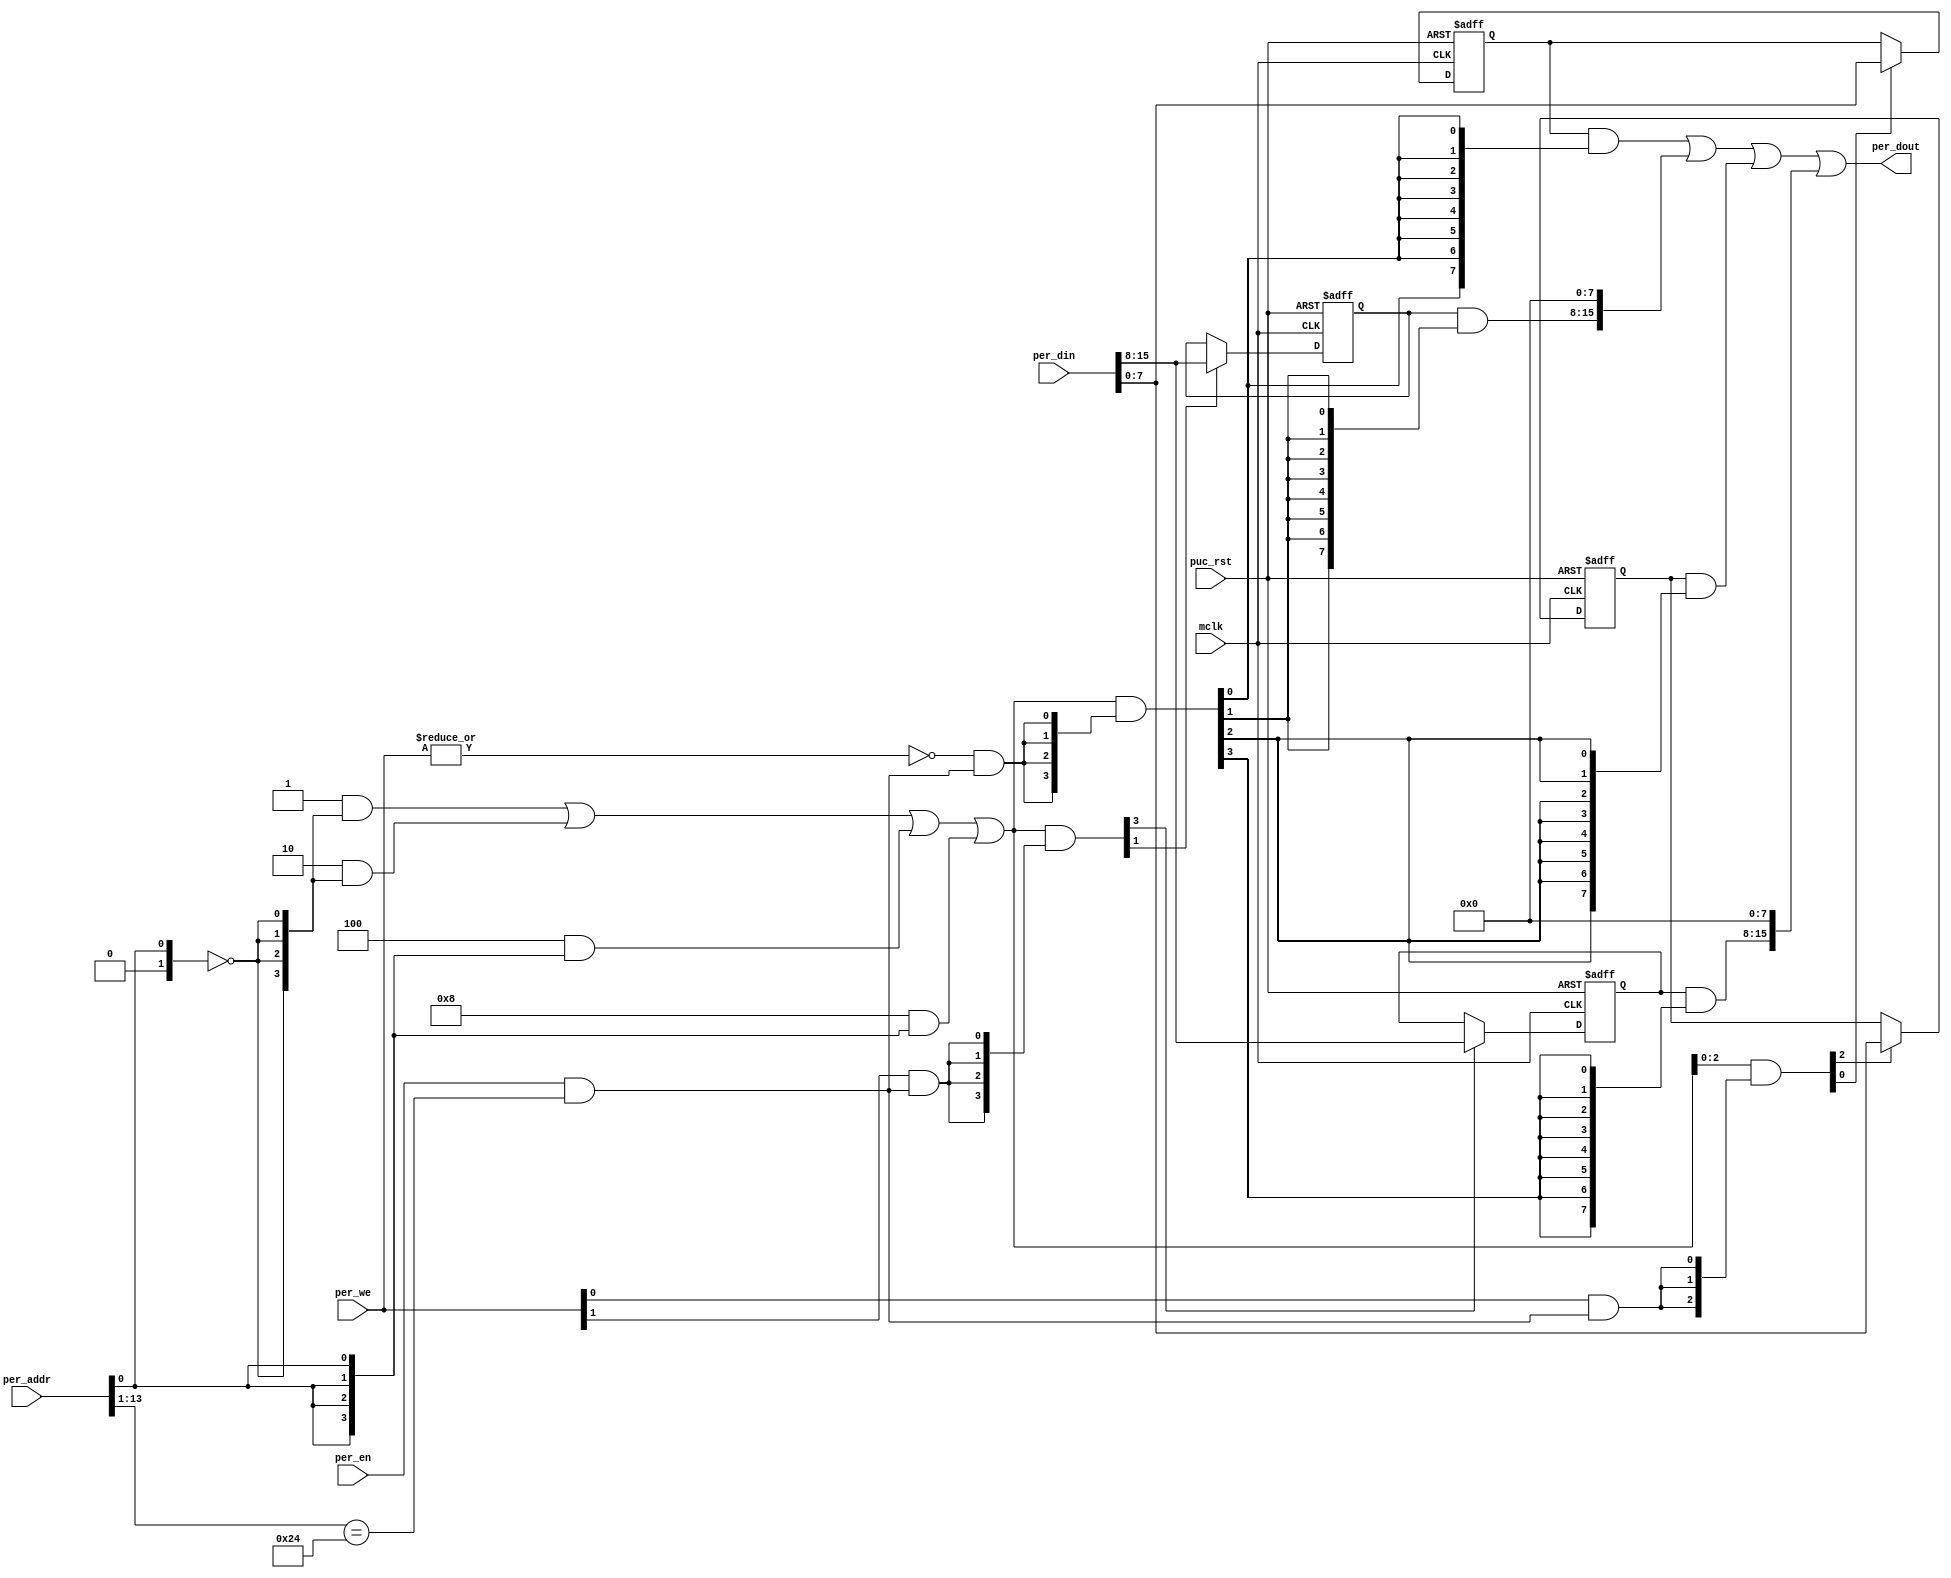
module  template_periph_8b (
    per_dout,                       
    mclk,                           
    per_addr,                       
    per_din,                        
    per_en,                         
    per_we,                         
    puc_rst                         
);
output      [15:0] per_dout;        
input              mclk;            
input       [13:0] per_addr;        
input       [15:0] per_din;         
input              per_en;          
input        [1:0] per_we;          
input              puc_rst;         
parameter       [14:0] BASE_ADDR   = 15'h0090;
parameter              DEC_WD      =  2;
parameter [DEC_WD-1:0] CNTRL1      =  'h0,
                       CNTRL2      =  'h1,
                       CNTRL3      =  'h2,
                       CNTRL4      =  'h3;
parameter              DEC_SZ      =  (1 << DEC_WD);
parameter [DEC_SZ-1:0] BASE_REG    =  {{DEC_SZ-1{1'b0}}, 1'b1};
parameter [DEC_SZ-1:0] CNTRL1_D  = (BASE_REG << CNTRL1),
                       CNTRL2_D  = (BASE_REG << CNTRL2), 
                       CNTRL3_D  = (BASE_REG << CNTRL3), 
                       CNTRL4_D  = (BASE_REG << CNTRL4); 
wire              reg_sel      =  per_en & (per_addr[13:DEC_WD-1]==BASE_ADDR[14:DEC_WD]);
wire [DEC_WD-1:0] reg_addr     =  {1'b0, per_addr[DEC_WD-2:0]};
wire [DEC_SZ-1:0] reg_dec      = (CNTRL1_D  &  {DEC_SZ{(reg_addr==(CNTRL1 >>1))}}) |
                                 (CNTRL2_D  &  {DEC_SZ{(reg_addr==(CNTRL2 >>1))}}) |
                                 (CNTRL3_D  &  {DEC_SZ{(reg_addr==(CNTRL3 >>1))}}) |
                                 (CNTRL4_D  &  {DEC_SZ{(reg_addr==(CNTRL4 >>1))}});
wire              reg_lo_write =  per_we[0] & reg_sel;
wire              reg_hi_write =  per_we[1] & reg_sel;
wire              reg_read     = ~|per_we   & reg_sel;
wire [DEC_SZ-1:0] reg_hi_wr    = reg_dec & {DEC_SZ{reg_hi_write}};
wire [DEC_SZ-1:0] reg_lo_wr    = reg_dec & {DEC_SZ{reg_lo_write}};
wire [DEC_SZ-1:0] reg_rd       = reg_dec & {DEC_SZ{reg_read}};
reg  [7:0] cntrl1;
wire       cntrl1_wr  = CNTRL1[0] ? reg_hi_wr[CNTRL1] : reg_lo_wr[CNTRL1];
wire [7:0] cntrl1_nxt = CNTRL1[0] ? per_din[15:8]     : per_din[7:0];
always @ (posedge mclk or posedge puc_rst)
  if (puc_rst)        cntrl1 <=  8'h00;
  else if (cntrl1_wr) cntrl1 <=  cntrl1_nxt;
reg  [7:0] cntrl2;
wire       cntrl2_wr  = CNTRL2[0] ? reg_hi_wr[CNTRL2] : reg_lo_wr[CNTRL2];
wire [7:0] cntrl2_nxt = CNTRL2[0] ? per_din[15:8]     : per_din[7:0];
always @ (posedge mclk or posedge puc_rst)
  if (puc_rst)        cntrl2 <=  8'h00;
  else if (cntrl2_wr) cntrl2 <=  cntrl2_nxt;
reg  [7:0] cntrl3;
wire       cntrl3_wr  = CNTRL3[0] ? reg_hi_wr[CNTRL3] : reg_lo_wr[CNTRL3];
wire [7:0] cntrl3_nxt = CNTRL3[0] ? per_din[15:8]     : per_din[7:0];
always @ (posedge mclk or posedge puc_rst)
  if (puc_rst)        cntrl3 <=  8'h00;
  else if (cntrl3_wr) cntrl3 <=  cntrl3_nxt;
reg  [7:0] cntrl4;
wire       cntrl4_wr  = CNTRL4[0] ? reg_hi_wr[CNTRL4] : reg_lo_wr[CNTRL4];
wire [7:0] cntrl4_nxt = CNTRL4[0] ? per_din[15:8]     : per_din[7:0];
always @ (posedge mclk or posedge puc_rst)
  if (puc_rst)        cntrl4 <=  8'h00;
  else if (cntrl4_wr) cntrl4 <=  cntrl4_nxt;
wire [15:0] cntrl1_rd   = {8'h00, (cntrl1  & {8{reg_rd[CNTRL1]}})}  << (8 & {4{CNTRL1[0]}});
wire [15:0] cntrl2_rd   = {8'h00, (cntrl2  & {8{reg_rd[CNTRL2]}})}  << (8 & {4{CNTRL2[0]}});
wire [15:0] cntrl3_rd   = {8'h00, (cntrl3  & {8{reg_rd[CNTRL3]}})}  << (8 & {4{CNTRL3[0]}});
wire [15:0] cntrl4_rd   = {8'h00, (cntrl4  & {8{reg_rd[CNTRL4]}})}  << (8 & {4{CNTRL4[0]}});
wire [15:0] per_dout  =  cntrl1_rd  |
                         cntrl2_rd  |
                         cntrl3_rd  |
                         cntrl4_rd;
endmodule